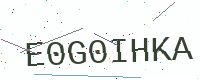
Text: E0G0IHKA